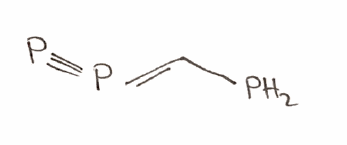
Simplified molecular-input line-entry system (SMILES) notation of the given molecule:
C(=P#P)P